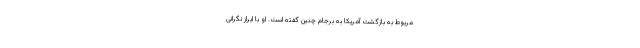
مربوط به بازگشت آمریکا به برجام چنین گفته است. او با ابراز نگرانی